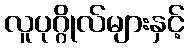
လူပုဂ္ဂိုလ်များနှင့်